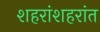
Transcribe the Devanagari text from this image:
शहरांशहरांत